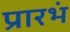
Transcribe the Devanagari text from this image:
प्रारभं